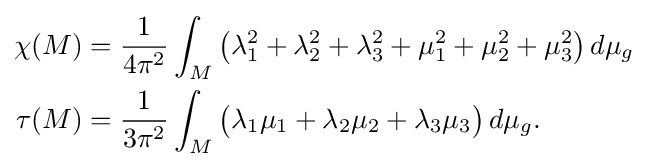
{\begin{aligned}\chi (M)&={\frac {1}{4\pi ^{2}}}\int _{M}{\big (}\lambda _{1}^{2}+\lambda _{2}^{2}+\lambda _{3}^{2}+\mu _{1}^{2}+\mu _{2}^{2}+\mu _{3}^{2}{\big )}\,d\mu _{g}\\\tau (M)&={\frac {1}{3\pi ^{2}}}\int _{M}{\big (}\lambda _{1}\mu _{1}+\lambda _{2}\mu _{2}+\lambda _{3}\mu _{3}{\big )}\,d\mu _{g}.\end{aligned}}